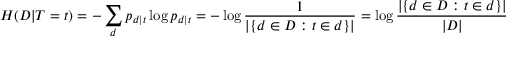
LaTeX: H ( { \cal { D } } | { \cal { T } } = t ) = - \sum _ { d } p _ { d | t } \log p _ { d | t } = - \log { \frac { 1 } { | \{ d \in D : t \in d \} | } } = \log { \frac { | \{ d \in D : t \in d \} | } { | D | } } + \log | D | = - \mathrm { i d f } ( t ) + \log | D |